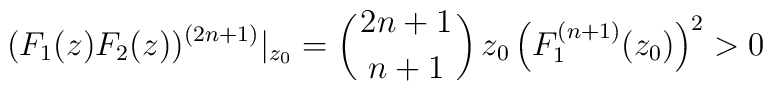
(F_1(z)F_2(z))^{(2n+1)}|_{z_0} = \left(2n+1 \atop n+1 \right) z_0\left( F_1^{(n+1)}(z_0)\right)^2 > 0